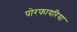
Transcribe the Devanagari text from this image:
पोरफायरिया